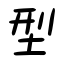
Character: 型